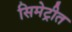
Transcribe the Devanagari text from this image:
सिमेट्रीत